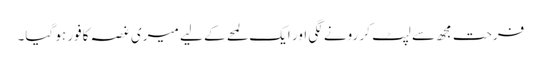
فرحت مجھ سے لپٹ کر رونے لگی اور ایک لمحے کے لیے میری غصہ کافور ہو گیا۔